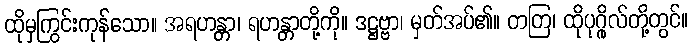
ထိုမှကြွင်းကုန်သော။ အရဟန္တာ၊ ရဟန္တာတို့ကို။ ဒဋ္ဌဗ္ဗာ၊ မှတ်အပ်၏။ တတြ၊ ထိုပုဂ္ဂိုလ်တို့တွင်။